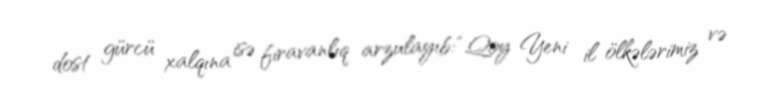
dost gürcü xalqına isə firavanlıq arzulayıb: “Qoy Yeni il ölkələrimiz və